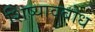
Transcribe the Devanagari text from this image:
शिष्यावबोध